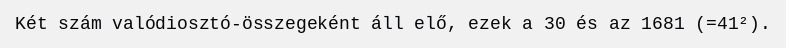
Két szám valódiosztó-összegeként áll elő, ezek a 30 és az 1681 (=41²).